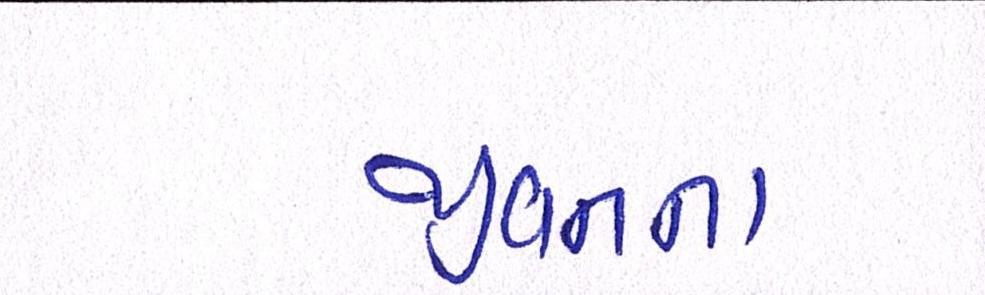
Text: જીવનના